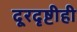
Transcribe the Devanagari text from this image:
दूरदृष्टीही